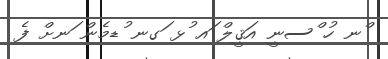
ްނ ހު ްސނީ އަޤީލް ައ ުޅ ަގނ ުޑމެން ަނށް ފެ